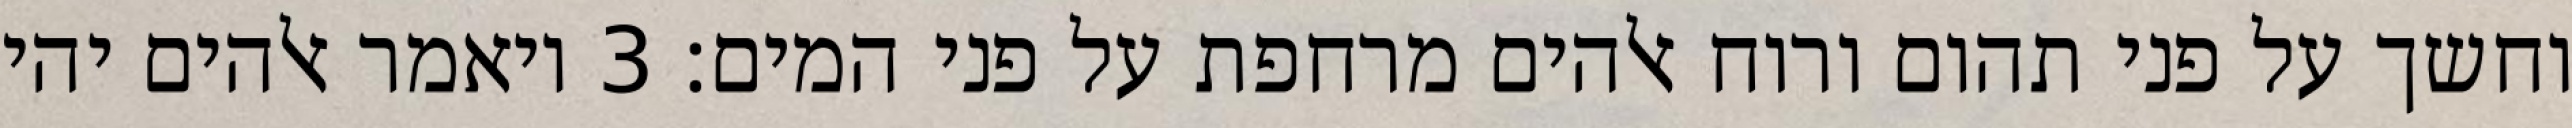
וחשך על פני תהום ורוח אלהים מרחפת על פני המים׃ ‎3‏ ויאמר אלהים יהי